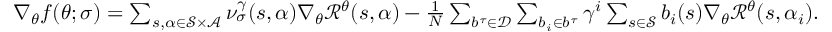
\begin{array} { r } { \nabla _ { \theta } f ( \theta ; \sigma ) = \sum _ { s , \alpha \in \mathcal { S } \times \mathcal { A } } \nu _ { \sigma } ^ { \gamma } ( s , \alpha ) \nabla _ { \theta } \mathcal { R } ^ { \theta } ( s , \alpha ) - \frac { 1 } { N } \sum _ { b ^ { \tau } \in \mathcal { D } } \sum _ { b _ { i } \in b ^ { \tau } } \gamma ^ { i } \sum _ { s \in \mathcal { S } } b _ { i } ( s ) \nabla _ { \theta } \mathcal { R } ^ { \theta } ( s , \alpha _ { i } ) . } \end{array}